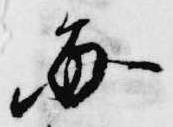
毎